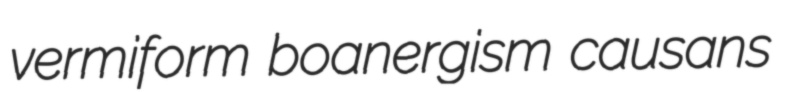
vermiform boanergism causans